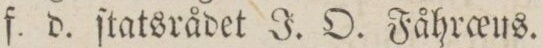
f. d. ſtatsrådet J. O. Fåhro_eus.